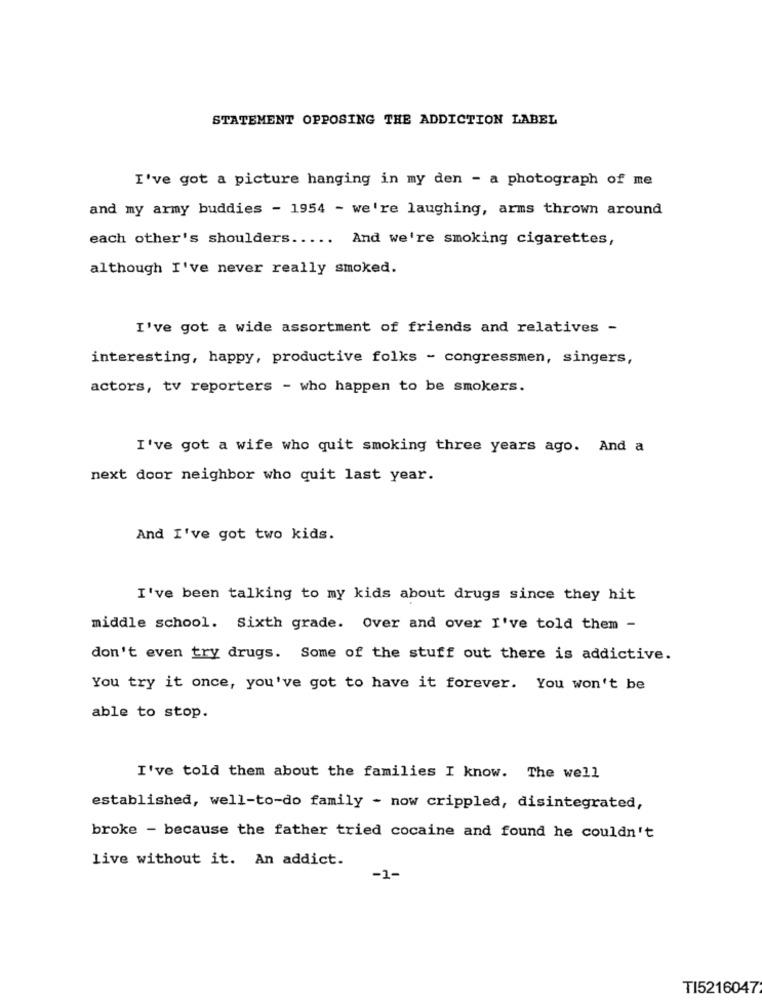
STATEMENT OPPOSING THE ADDICTION LABEL
I've got a picture hanging in my den - a photograph of me
and my army buddies - 1954 - we're laughing, arms thrown around
each other's shoulders ..
...
And we're smoking cigarettes,
although I've never really smoked.
I've got a wide assortment of friends and relatives -
interesting, happy, productive folks - congressmen, singers,
actors, tv reporters - who happen to be smokers.
I've got a wife who quit smoking three years ago. And a
next door neighbor who quit last year.
And I've got two kids.
I've been talking to my kids about drugs since they hit
middle school. Sixth grade. Over and over I've told them -
don't even try drugs. Some of the stuff out there is addictive.
You try it once, you've got to have it forever. You won't be
able to stop.
I've told them about the families I know. The well
established, well-to-do family - now crippled, disintegrated,
broke - because the father tried cocaine and found he couldn't
live without it. An addict.
1-
TI5216047